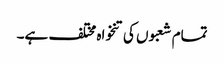
تمام شعبوں کی تنخواہ مختلف ہے۔